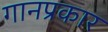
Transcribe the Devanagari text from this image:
गानप्रकार